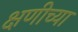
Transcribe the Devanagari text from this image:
क्षणीच्या